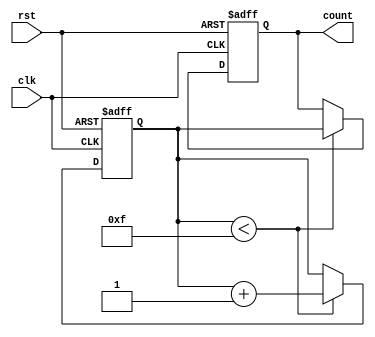
module generate_while_loop (
    input wire clk,
    input wire rst,
    output reg [3:0] count
);

reg [3:0] i = 0;

always @(posedge clk or posedge rst) begin
    if (rst) begin
        count <= 4'b0000;
        i <= 4'b0000;
    end else begin
        if (i < 4'b1111) begin
            count <= i;
            i <= i + 1;
        end
    end
end

endmodule